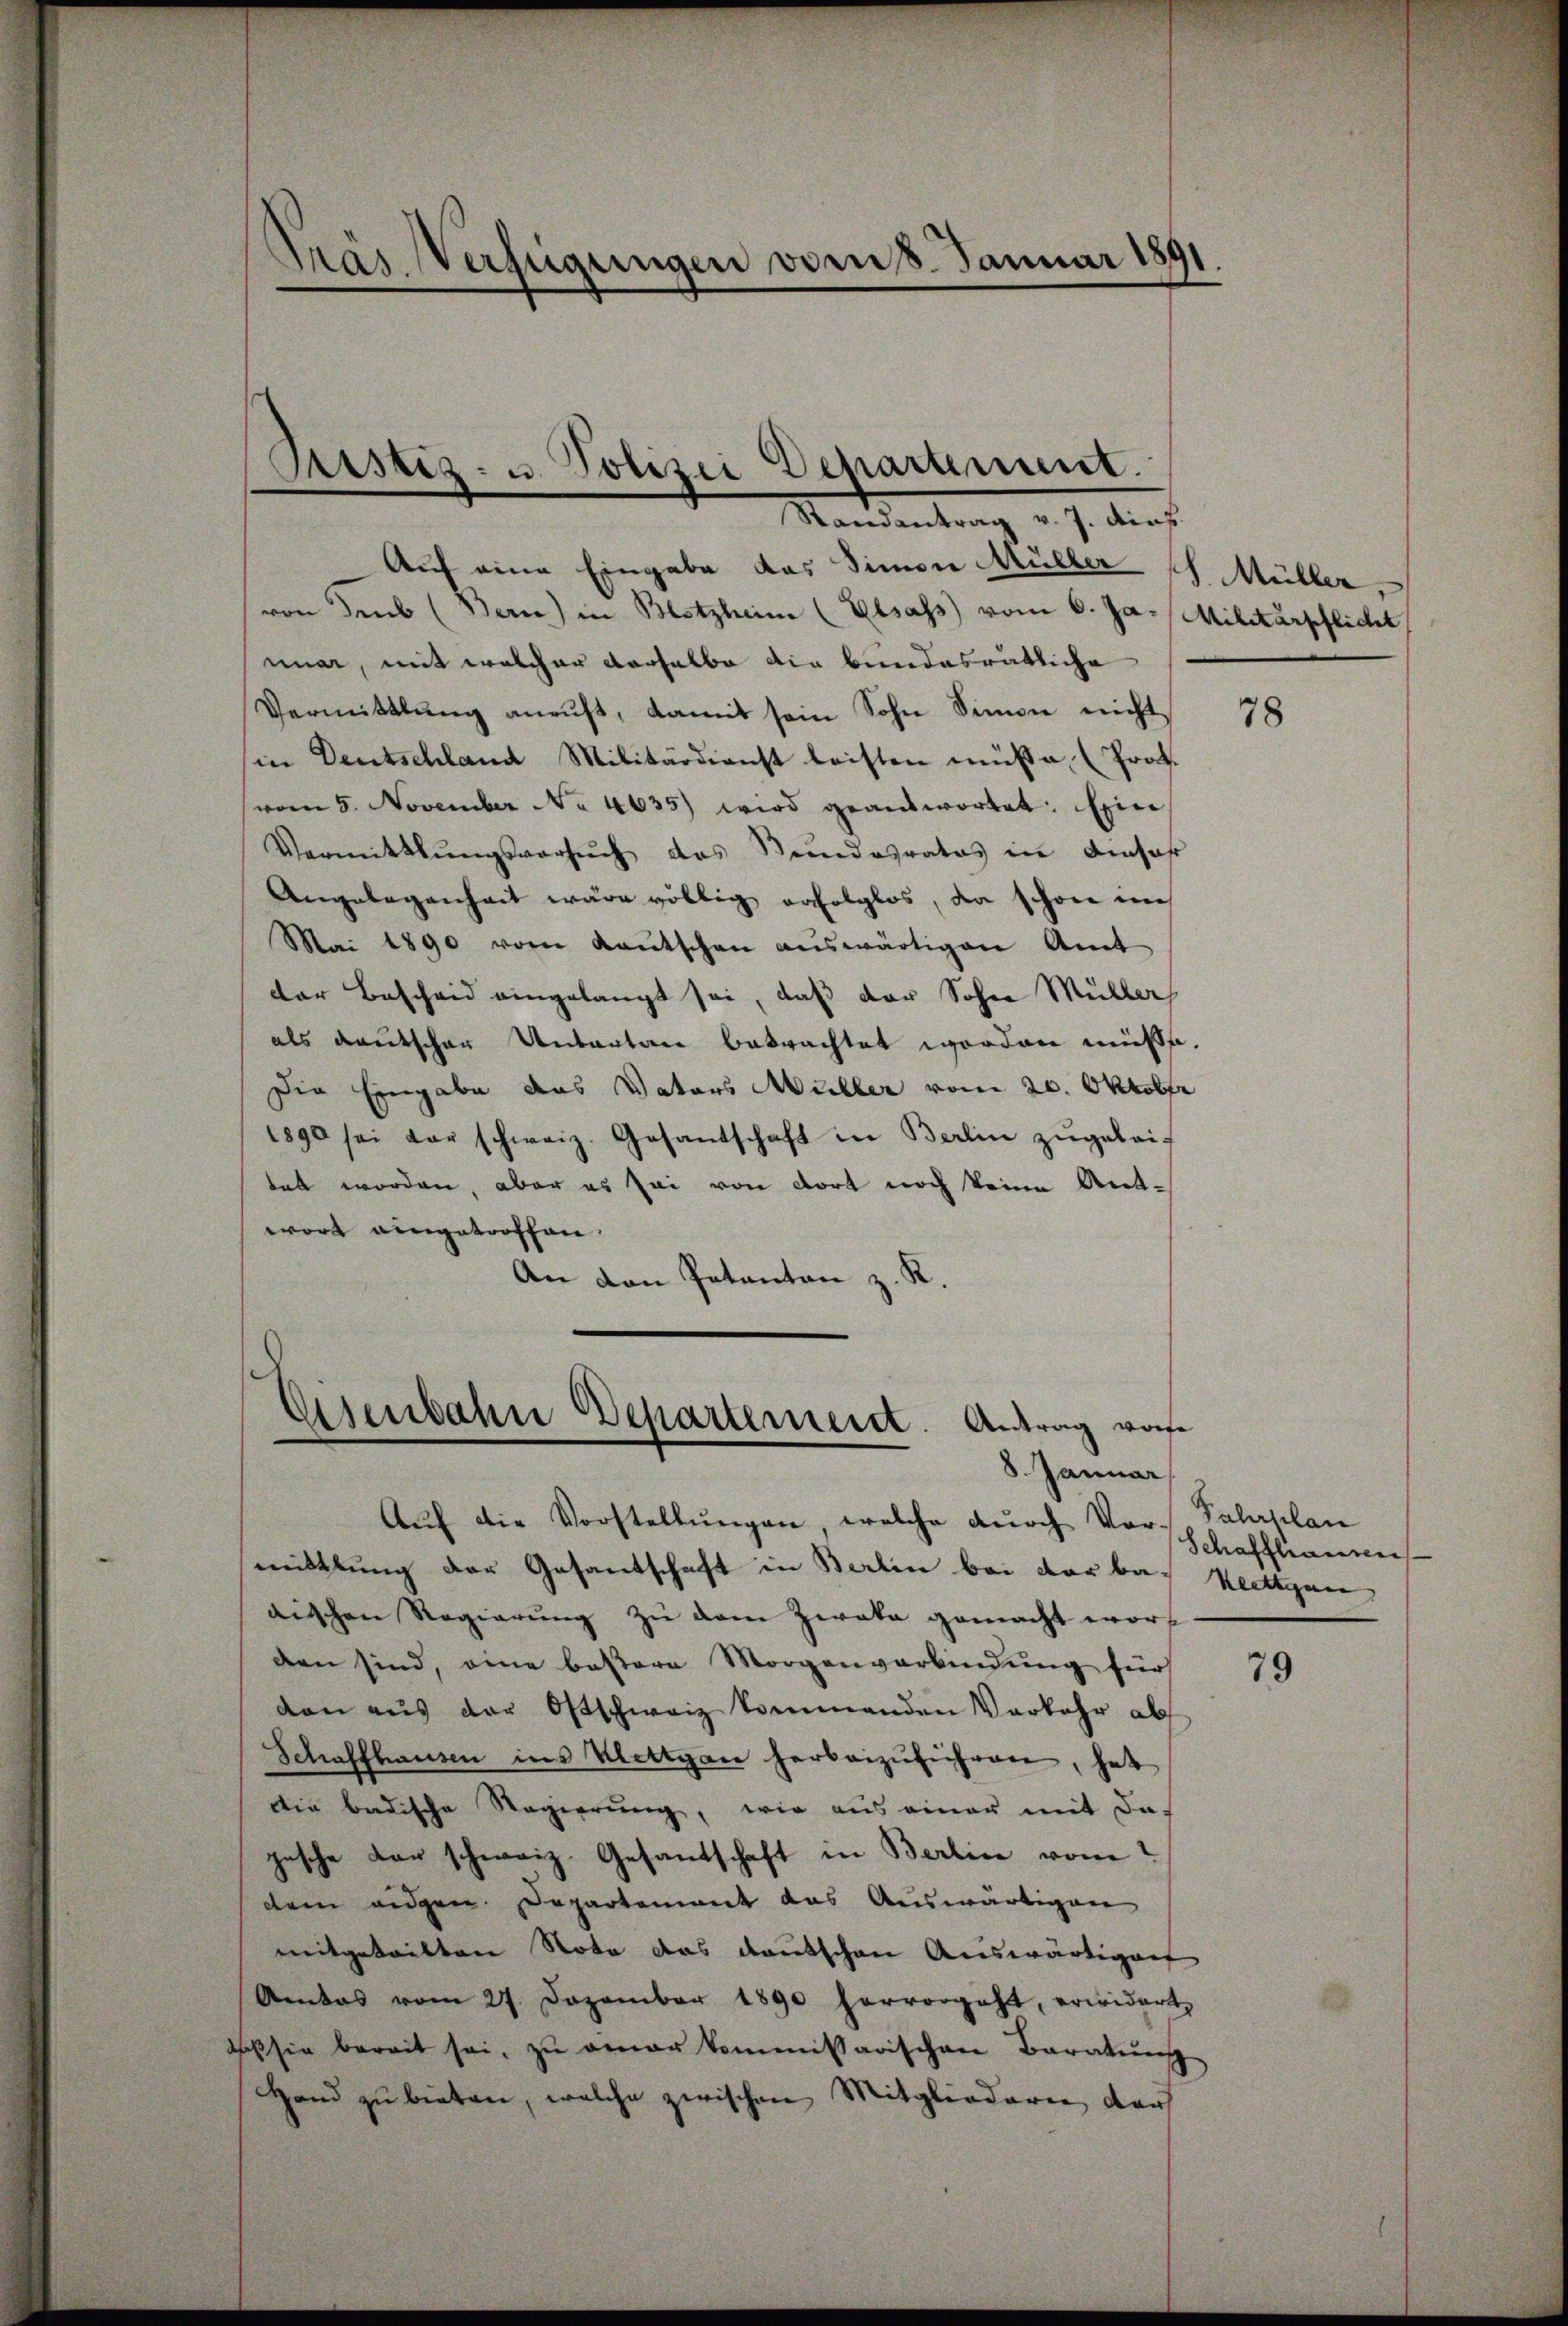
Gras Verfügungen vom 8. Januar 1891.

Justiz- u. Polizei Departement.
Randantrag v. J. dies

Auf eine Eingabe das Simon Müller
von deus (Bern) in Blotzheim (Elsass vom 6. Ja. Militärpflicht
nuar, mit welcher derselbe die bundesrätliche
Vermittlung anruft, damit sein Sohn Simon nicht
in Deutschland Militärdienst leisten müße, (Prof.
vom 5. November No. 4635) wird geantwortet: Ein
Vermittlungsversŭch das Stundesrates in Ansah
Angelegenheit wäre völlig erfolglos, da schon nich
Mai 1890 vom Kaŭtschen aŭswärtigen Amt
der Bescheid eingelangt sei, daß der Sohne Müller
als deutscher Untertare betrachtet worden müßte.
Die Eingabe das Vaters Müller vom 20. Oktober
1890 sei der schweiz. Gesantschaft in Berlin zŭgeleit
tet worden, aber es sei von dort noch keine Antwort eingetroffen.
An den Patanton z. R.

Esenbahn Departement. Antrag vore
8. Januar

Aŭf die Vorstellŭngen welche durch Vor-Palaplan
mittlung der Gesandschaft in Berlin bei der bas Klettgar
dischen Regierung zu dem Zwaka gemacht worden sind, eine bessere Morgenverbindung für
den aŭs der Ostschweiz kommenden Verkehr ab
Schaffhausen ins Klettgan herbeizuführen, hat
Die badische Regierung, wie aus einer mit da-
gesche der schweiz. Gesandschaft in Berlin vom
dem eidgen. Departement das Auswärtigen
mitgeteilten Noto das Kautschen Auswärtigung
Amtos vom 27. Dezember 1890 hervorgeht, erwidert,
deß sie bereit sei, zu aner kommissarischen Baratung
Hand zu bieten, welche zwischen Mitgliederen, der

S. Müller

78

Schaffhauses

79